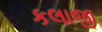
કલાજી